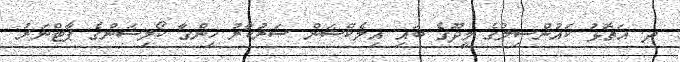
ދ. އަތޮޅު ކައުންސިލްގެ މީދޫގެ ބައި އިލެކްޝަން ސަރުކާރު ހިންގާ ކޯލިޝަންގެ ޕާޓްނަރު